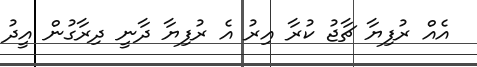
އެއް ރުފިޔާ ޗާޖު ކުރާ އިރު އެ ރުފިޔާ ދާނީ ދިރާގުން އީދު